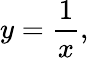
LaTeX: y={\frac{1}{x}},